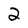
Character: 2